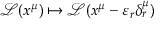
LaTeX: { \mathcal { L } } ( x ^ { \mu } ) \mapsto { \mathcal { L } } ( x ^ { \mu } - \varepsilon _ { r } \delta _ { r } ^ { \mu } )